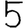
Digit: 5